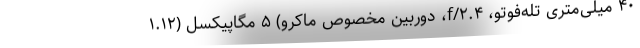
۴۰ میلی‌متری تله‌فوتو، f/۲.۴، دوربین مخصوص ماکرو) ۵ مگاپیکسل (۱.۱۲